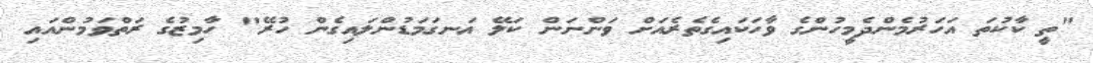
"ތީ ކާކުތަ އަހަރުމެންދެމީހުންގެ ވާހަކައިގެތެރެއަށް ވަންނަން ކަލޭ އަނގަމަޑުންލައިގެން ހުރޭ" ހާމިޒުގެ ރަތްވަމުންއައި